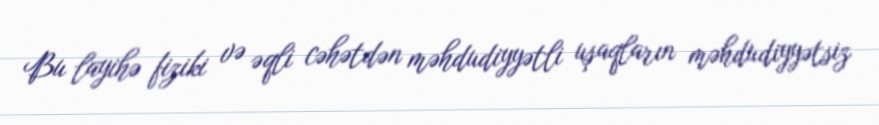
Bu layihə fiziki və əqli cəhətdən məhdudiyyətli uşaqların məhdudiyyətsiz